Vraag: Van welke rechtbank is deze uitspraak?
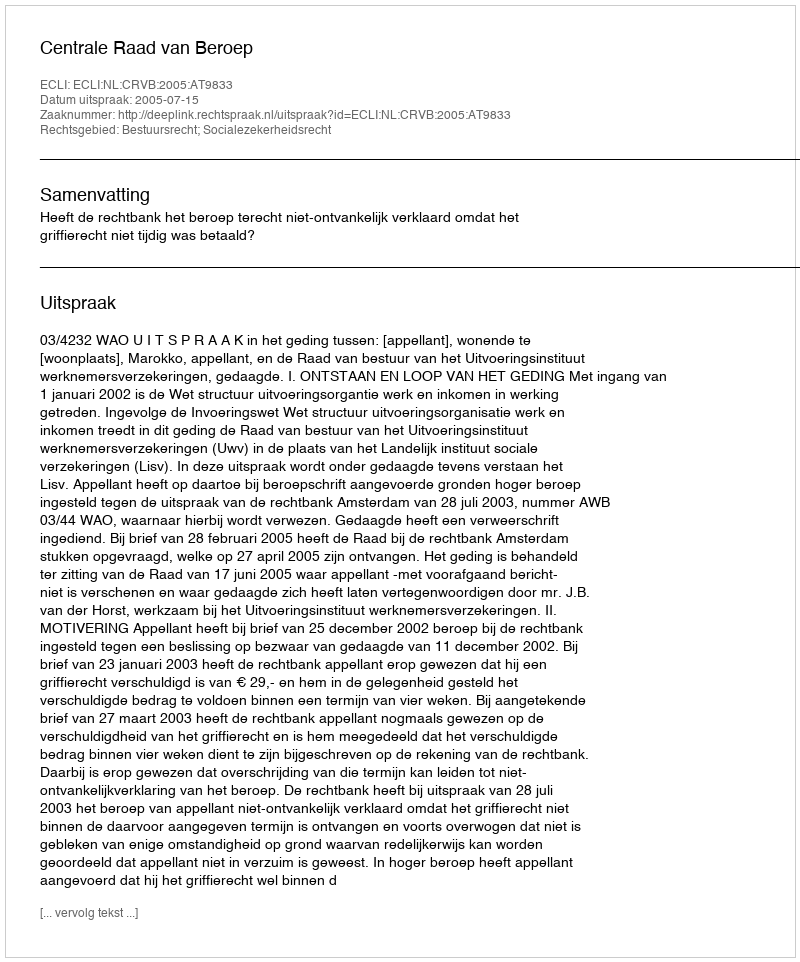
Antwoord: Centrale Raad van Beroep